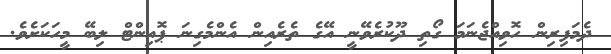
ދެމަފިރިން ހޮވިއްޖެނަމަ ގޯތި ދޫކުރެވޭނީ އޭގެ ތެރެއިން އެންމެގިނަ ޕޮއިންޓް ލިބޭ މީހަކަށެވެ.